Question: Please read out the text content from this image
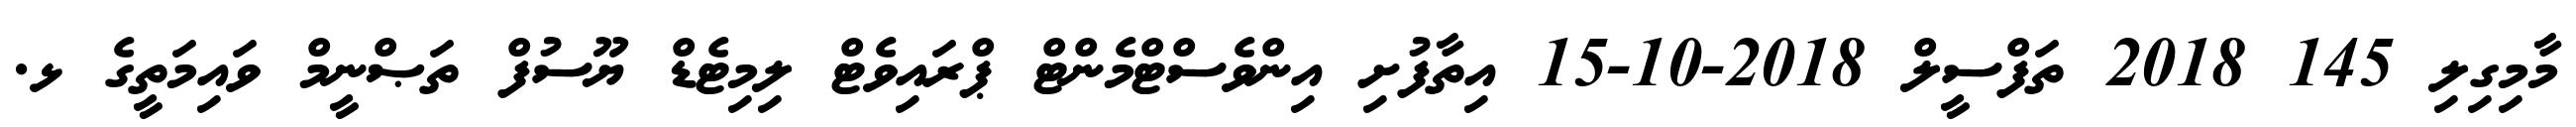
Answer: މާމިގިލި 145 2018 ތަފްސީލް 2018-10-15 އިތާފުށި އިންވެސްޓްމެންޓް ޕްރައިވެޓް ލިމިޓެޑް ޔޫސުފް ތަޞްނީމް ވައިމަތީގެ ޅ.